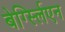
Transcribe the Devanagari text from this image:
बेर्ग्स्लिएन